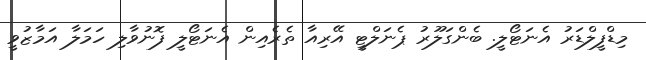
މިޑްފީލްޑަރު އެނަޓޯލީ. ބެންގަލޫރު ޕެނަލްޓީ އޭރިއާ ތެރެއިން އެނަޓޯލީ ފޮނުވާލި ހަމަލާ އަމާޒުވީ